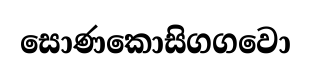
සොණකොසිගගවො